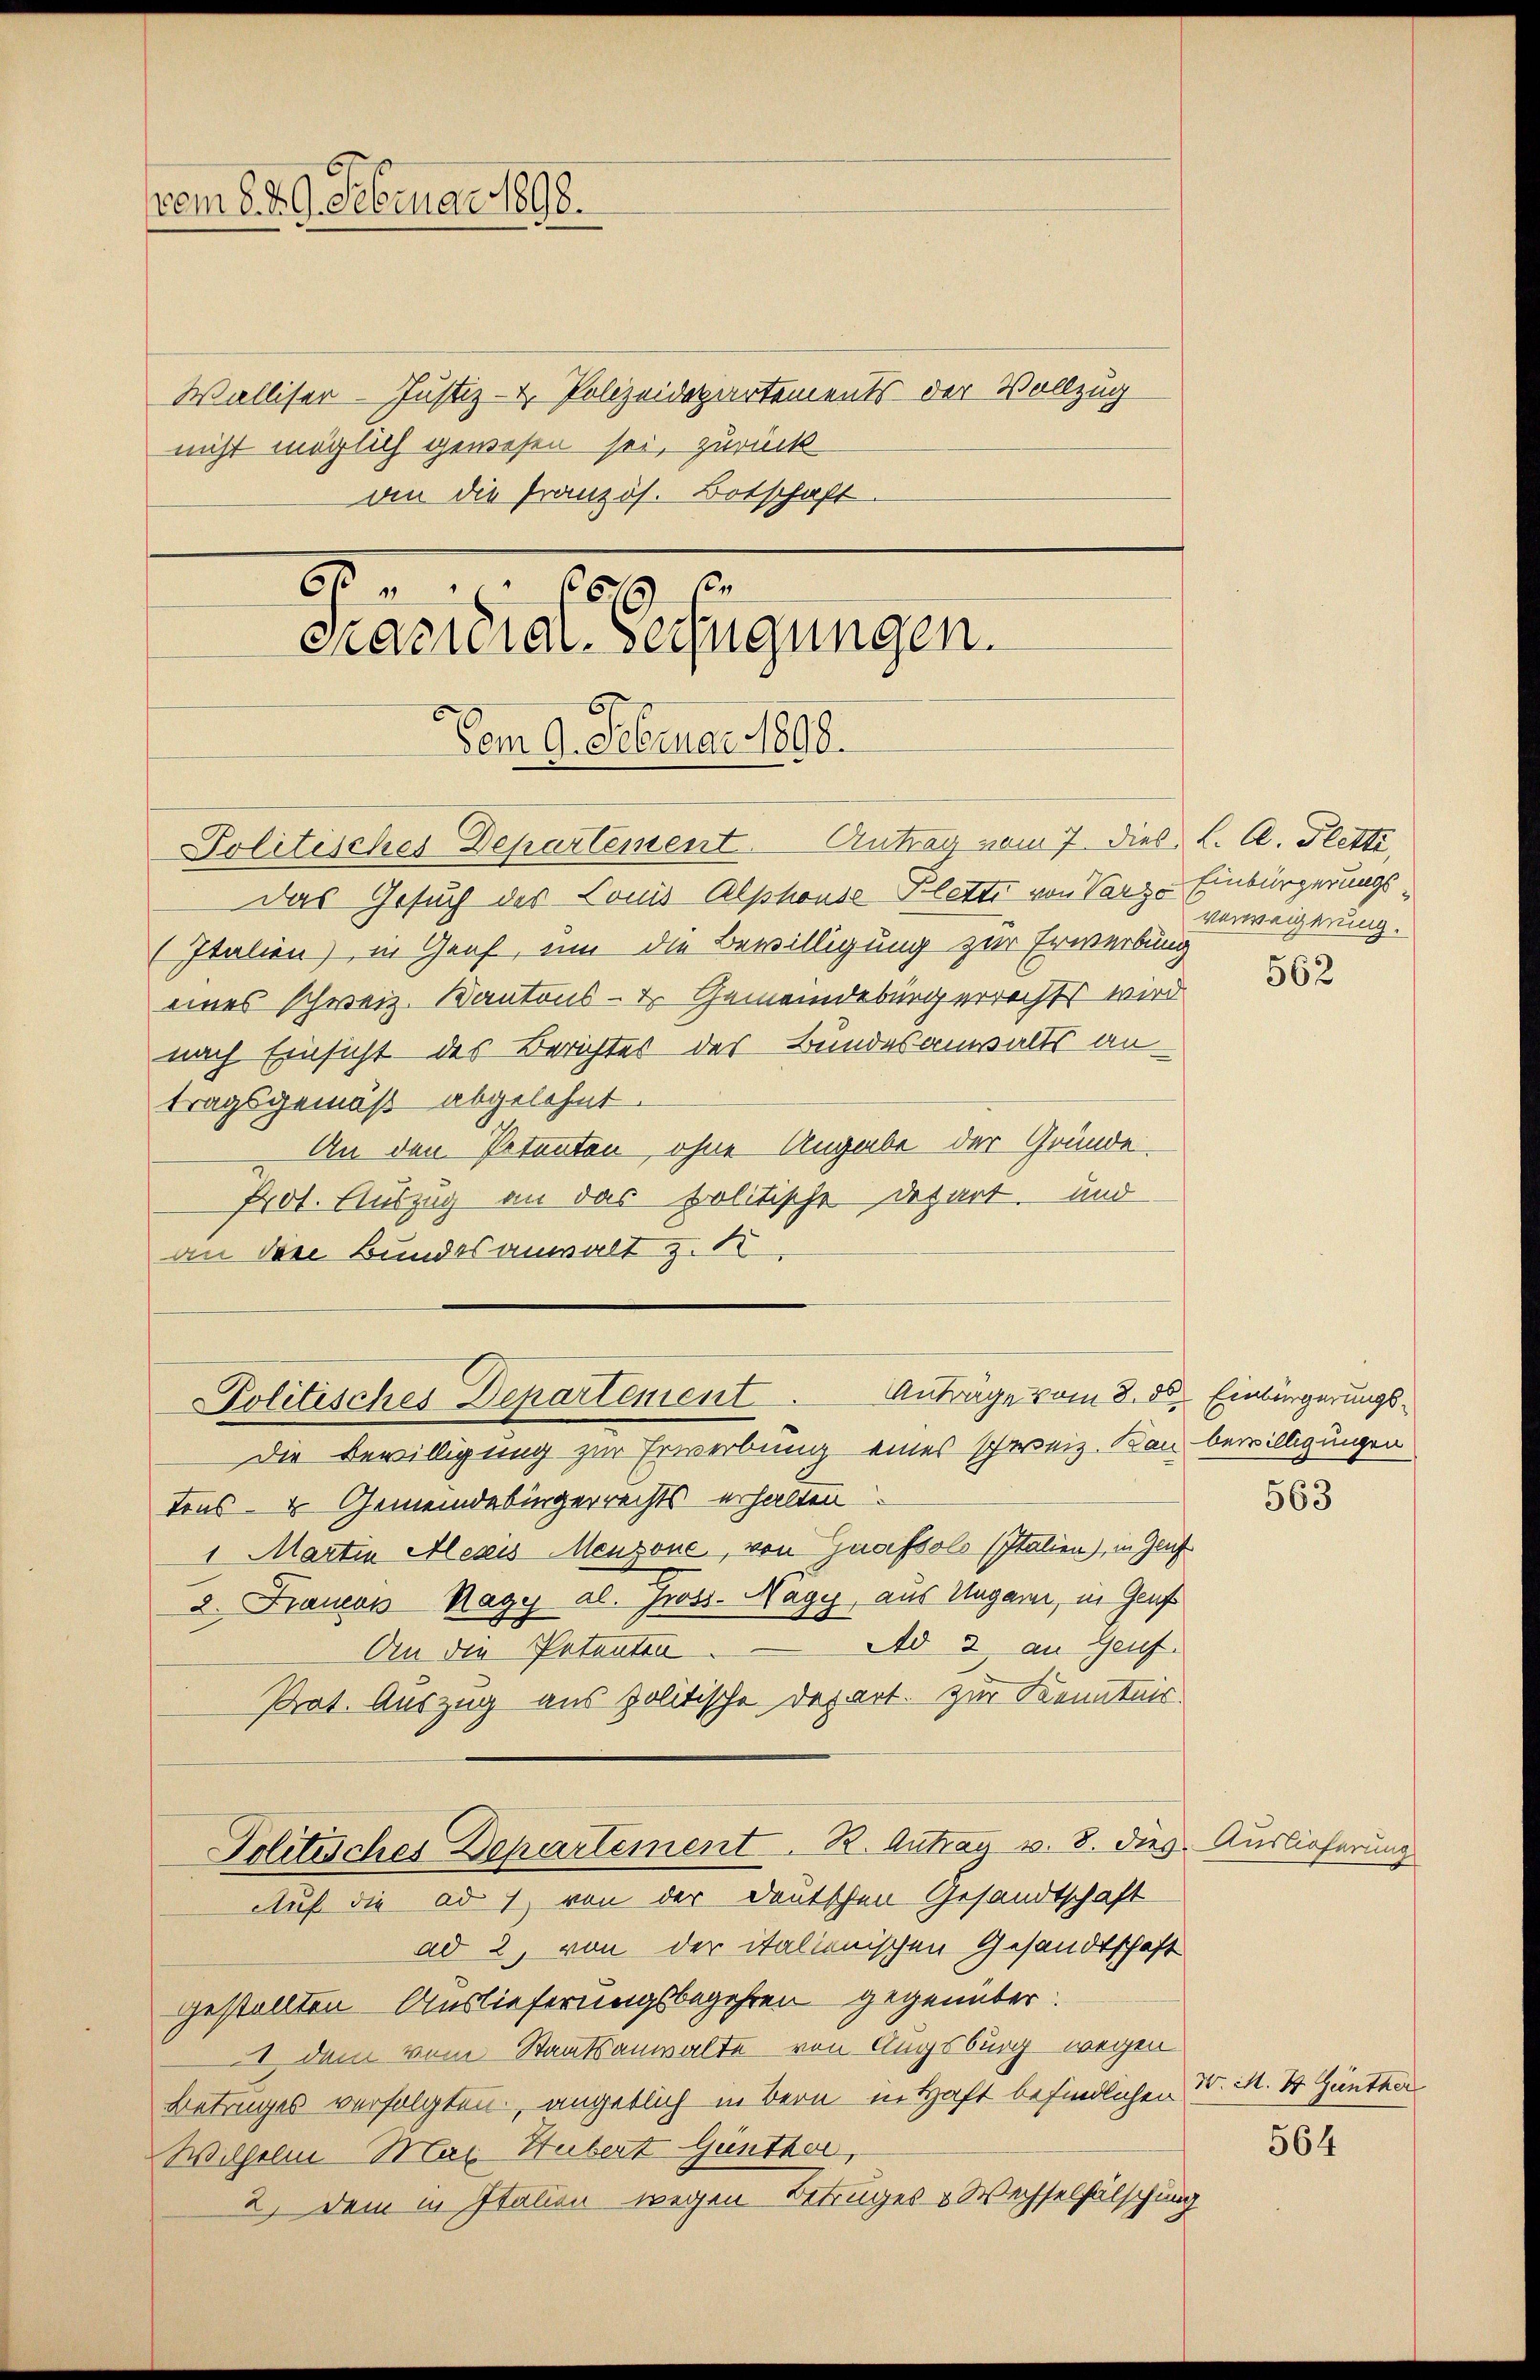
vom 8. 29. Februar 1898.

Walliser-Justiz- & Polizeidepartements der Vollzug
nicht möglich gewesen sei, zurück
an die Französ. Botschaft.
crameral-Gerfügungen.
Vom 9. Februar 1890.
Politisches Departement. Antrag vom 7. dies
Das Gesuch des Tonis Alphonse Plette von Varze Einbürgerungs¬
(Italien) in Graf, um die Bewilligung zur Erwerbung
eines Schweiz. Kantons- & Gemeindebürgerrechts wird
nach Einsicht des Berichtes des Bundesanwalts antragsgemäß abgelehnt.
An den Petenten, ohne Angabe der Gründe,
Prot. Auszug an das politische Depart und
an die Bundesanwalt z. B.
Politisches Departement. Anträge vom 8. ds. Einbürgerungs¬
Die Bewilligung zur Erwerbung eines schweiz. Kan bewilligungen
Tons- & Gemeindebingerrechts erhalten.
1 Martin Alezis Menzone, von Gnafsols (Italien), in Gluf
2. Frauen Nagy al. Gross. Nagy aus Ungarn, in Genf
Ad 2. an Genf.
An die Petenten
Prat. Auszug aus politische Depart. zur Kenntnis
Politisches Departement. R. Antrag v. 8. dies
Auf die ad 1, von der Deutschen Gesandtschaft
ad 2, von der italienischen Gesandtschaft
gestellten Auslieferungsbegehren gegenüber.
1 dem vom Staatsanwalte von Augsburg wegen
Betruges verfolgten, angeblich in Bern in Haft befindlichen
Wilhelm Max Hubert Günther,
2.) Dem in Italien wegen Betruges & Wechselfälschung

8

662 x

L. A. Gletti,
verweigerung.

562

563

Auslieferung

W. M. 4. Günther

564